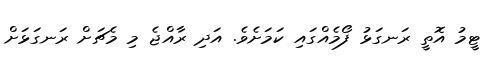
ޓީމު އޮތީ ރަނގަޅު ފޯމެއްގައި ކަމަށެވެ. އަދި ރާއްޖެ މި މެޗަށް ރަނގަޅަށް